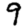
Digit: 9